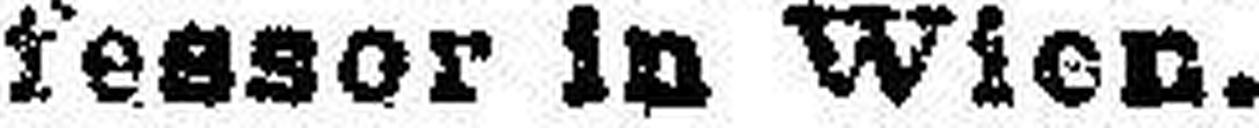
fessor in Wien.